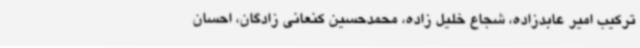
ترکیب امیر عابدزاده، شجاع خلیل زاده، محمدحسین کنعانی زادگان، احسان